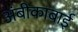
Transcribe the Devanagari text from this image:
अंबीकाबाई